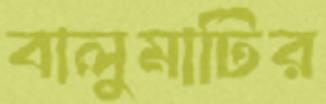
বালুমাটির